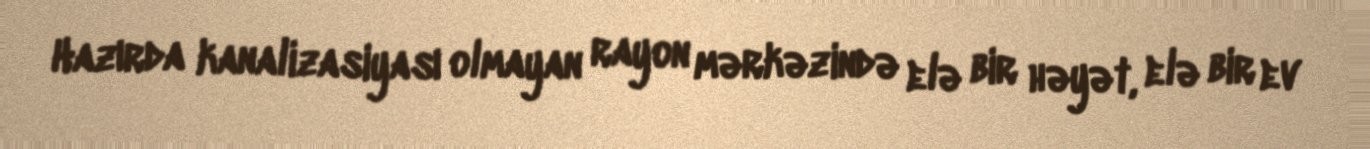
Hazırda kanalizasiyası olmayan rayon mərkəzində elə bir həyət, elə bir ev